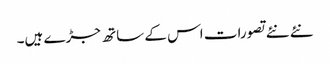
نئے نئے تصورات اس کے ساتھ جڑے ہیں۔